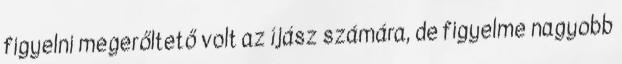
figyelni megerőltető volt az íjász számára, de figyelme nagyobb